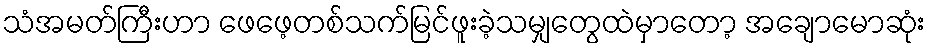
သံအမတ်ကြီးဟာ ဖေဖေ့တစ်သက်မြင်ဖူးခဲ့သမျှတွေထဲမှာတော့ အချောမောဆုံး